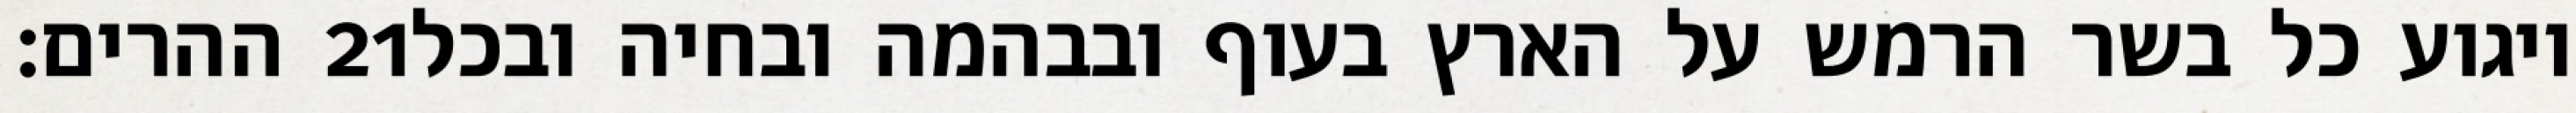
ההרים׃ ‎21‏ ויגוע כל בשר הרמש על הארץ בעוף ובבהמה ובחיה ובכל